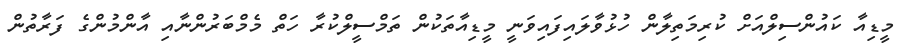
މީޑިއާ ކައުންސިލްއަށް ކުރިމަތިލާން ހުޅުވާލައިފައިވަނީ މީޑިއާތަކުން ތަމްސީލްކުރާ ހަތް މެމްބަރުންނާއި އާންމުންގެ ފަރާތުން